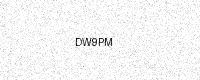
Text: DW9PM